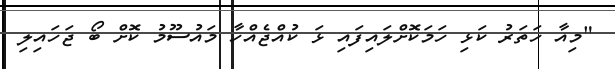
"މިއާ ހަތަރު ކަޅި ހަމަކޮށްލައިފައި ޅަ ކުއްޖެއްހާ މައުސޫމު ކޮށް ބޯ ޖަހައިލި